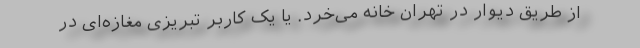
از طریق دیوار در تهران خانه می‌خرد. یا یک کاربر تبریزی مغازه‌ای در